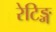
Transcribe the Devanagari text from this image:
रेटिङ्ग